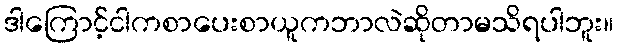
ဒါကြောင့်ငါကစာပေးစာယူကဘာလဲဆိုတာမသိရပါဘူး။